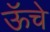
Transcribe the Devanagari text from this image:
ऊॅचे